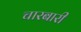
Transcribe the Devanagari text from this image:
चारबारी